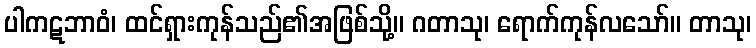
ပါကဋဘာဝံ၊ ထင်ရှားကုန်သည်၏အဖြစ်သို့။ ဂတာသု၊ ရောက်ကုန်လသော်။ တာသု၊